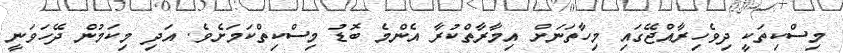
މިސްކިތަކީ ދިވެހިރާއްޖޭގައި މިހާތަނަށް އިމާރާތްކުރާ އެންމެ ބޮޑު މިސްކިތްކަމަށެވެ. އަދި މިކަމުން ދޭހަވަނީ